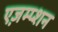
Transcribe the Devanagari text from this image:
एज़म्प्शन